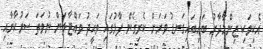
އެކިވަކި ޒިންމާދާރު ބައިބައިގަނޑު ވަރަށް ކެރިގެން ފާޅުގައި ވަޙީދު ވައްޓާލަން ނުވަތަ ސަރުކާރާއި